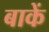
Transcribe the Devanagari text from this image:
बाकें